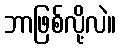
ဘာဖြစ်လို့လဲ။